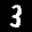
Label: 3